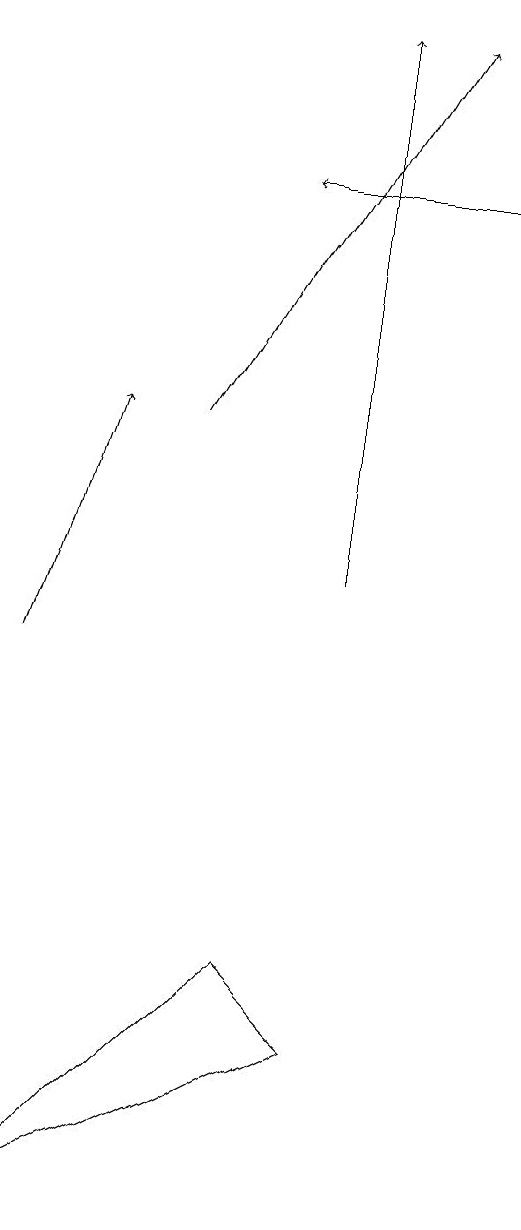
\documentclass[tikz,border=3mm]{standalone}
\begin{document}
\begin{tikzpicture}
\draw[->] (6,16) -- (3,16);
\draw[->] (0,10) -- (1,13);
\draw (3,6) -- (4,5) -- (0,3) -- cycle;
\draw[->] (2,13) -- (5,18);
\draw[->] (4,11) -- (4,18);
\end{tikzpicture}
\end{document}